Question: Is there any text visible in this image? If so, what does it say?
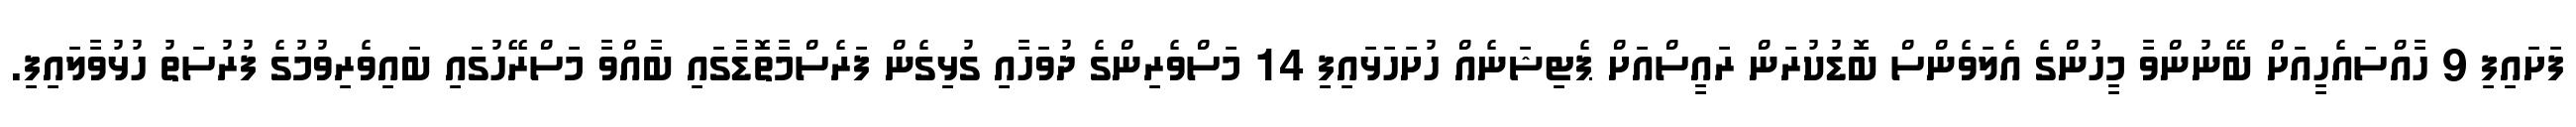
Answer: ފަށައިފި 9 ހާއްސައެހީއަށް ބޭނުންވާ މީހުންގެ އެލަވެންސް ބޮޑުކުރަން ރައީސްއަށް ޕެޓިޝަނެއް ހުށަހަޅައިފި 14 މަސްވެރިންގެ ދުވަހާއި ގުޅިގެން ފަރެސްމާތޮޑާގައި ބާއްވާ މަސްރޭހުގައި ބައިވެރިވުމުގެ ފުރުސަތު ހުޅުވާލައިފި.